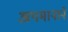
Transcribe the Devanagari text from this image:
अपमानाने